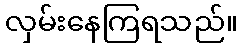
လှမ်းနေကြရသည်။